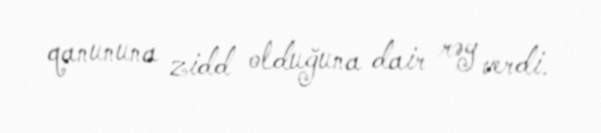
qanununa zidd olduğuna dair rəy verdi.